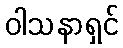
ဝါသနာရှင်